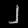
Digit: ၂